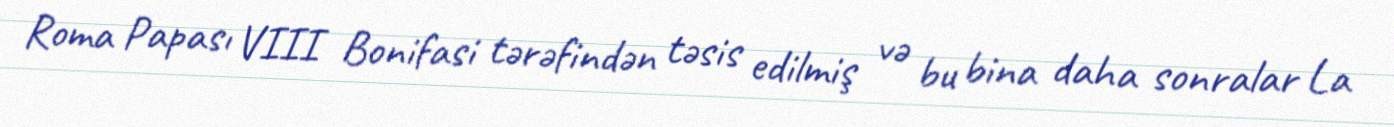
Roma Papası VIII Bonifasi tərəfindən təsis edilmiş və bu bina daha sonralar La